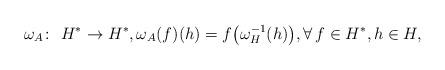
LaTeX: \begin{gather*} \omega _A\colon \ H^*\rightarrow H^*, \omega _A(f)(h)=f\big(\omega _H^{-1}(h)\big),\forall \, f\in H^*, h\in H,\end{gather*}